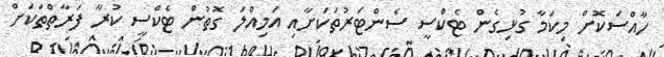
ހާއްސަކޮށް މިކަމާ ގުޅިގެން ޓެކްސީ ސެންޓަރުތަކަށާއި އަމިއްލަ ގޮތުން ޓެކްސީ ކުރާ ފަރާތްތަކަށް